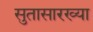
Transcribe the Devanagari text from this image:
सुतासारख्या